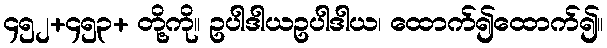
၄၅၂+၄၅၃+ တို့ကို။ ဥပါဒါယဥပါဒါယ၊ ထောက်၍ထောက်၍။